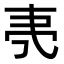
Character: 𬻒